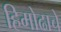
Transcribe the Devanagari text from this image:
हिमोढाचे